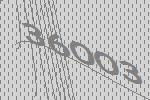
36003